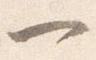
一